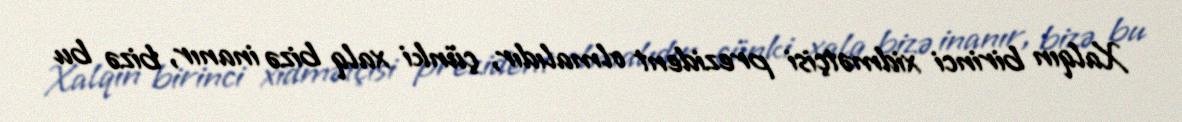
Xalqın birinci xidmətçisi prezident olmalıdır, çünki xalq bizə inanır, bizə bu